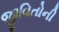
જીવિતોની